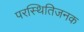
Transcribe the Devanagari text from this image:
परस्थितिजनक